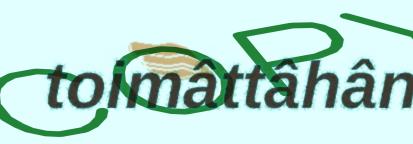
toimâttâhân